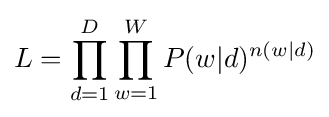
\displaystyle L=\prod _{d=1}^{D}\prod _{w=1}^{W}P(w|d)^{n(w|d)}